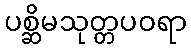
ပစ္ဆိမသုတ္တပဝရာ